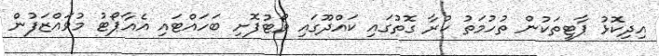
އިދިކޮޅު ޕާޓީތަކުން ތުހުމަތު ކުރާ ގޮތުގައި ކައްދޫގައި ވޯޓުފޮށި ބަހައްޓައި އެއާޕޯޓު މުވައްޒަފުން